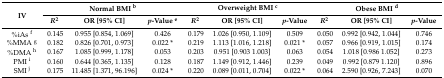
<table><thead><tr><td rowspan="2"><b>IV</b></td><td colspan="3"><b>Normal BMI <sup>b</sup></b></td><td colspan="3"><b>Overweight BMI <sup>c</sup></b></td><td colspan="3"><b>Obese BMI <sup>d</sup></b></td></tr><tr><td><b><i>R</i><sup>2</sup></b></td><td><b>OR [95% CI]</b></td><td><b><i>p</i>-Value <sup>e</sup></b></td><td><b><i>R</i><sup>2</sup></b></td><td><b>OR [95% CI]</b></td><td><b><i>p</i>-Value</b></td><td><b><i>R</i><sup>2</sup></b></td><td><b>OR [95% CI]</b></td><td><b><i>p</i>-Value</b></td></tr></thead><tbody><tr><td>%iAs <sup>f</sup></td><td>0.145</td><td>0.955 [0.854, 1.069]</td><td>0.426</td><td>0.179</td><td>1.026 [0.950, 1.109]</td><td>0.509</td><td>0.050</td><td>0.992 [0.942, 1.044]</td><td>0.746</td></tr><tr><td>%MMA <sup>g</sup></td><td>0.182</td><td>0.826 [0.701, 0.973]</td><td>0.022 *</td><td>0.219</td><td>1.113 [1.016, 1.218]</td><td>0.021 *</td><td>0.057</td><td>0.966 [0.919, 1.015]</td><td>0.174</td></tr><tr><td>%DMA <sup>h</sup></td><td>0.167</td><td>1.085 [0.999, 1.178]</td><td>0.053</td><td>0.203</td><td>0.951 [0.903 1.003]</td><td>0.063</td><td>0.054</td><td>1.018 [0.986 1.052]</td><td>0.273</td></tr><tr><td>PMI <sup>i</sup></td><td>0.160</td><td>0.644 [0.365, 1.135]</td><td>0.128</td><td>0.187</td><td>1.149 [0.912, 1.446]</td><td>0.239</td><td>0.049</td><td>0.992 [0.879 1.120]</td><td>0.896</td></tr><tr><td>SMI <sup>j</sup></td><td>0.175</td><td>11.485 [1.371, 96.196]</td><td>0.024 *</td><td>0.220</td><td>0.089 [0.011, 0.704]</td><td>0.022 *</td><td>0.064</td><td>2.590 [0.926, 7.243]</td><td>0.070</td></tr></tbody></table>